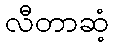
လီတာဆံ့